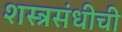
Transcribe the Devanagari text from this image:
शस्त्रसंधीची